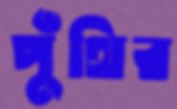
পুঁথির